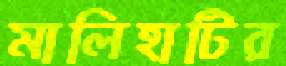
মালিহাটির